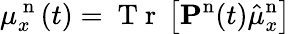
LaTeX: \mu_{x}^{\mathrm{~n~}}(t)=\mathrm{~T~r~}\left[\mathbf{P^{\mathrm{n}}}(t)\hat{\mu}_{x}^{\mathrm{n}}\right]